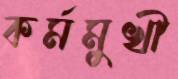
কর্মমুখী